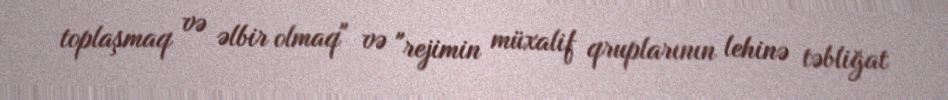
toplaşmaq və əlbir olmaq" və "rejimin müxalif qruplarının lehinə təbliğat